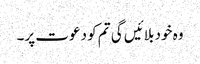
وہ خود بلائیں گی تم کو دعوت پر۔